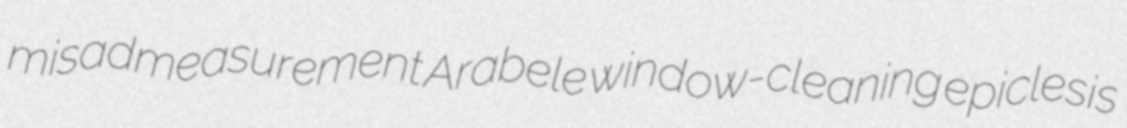
misadmeasurement Arabele window-cleaning epiclesis